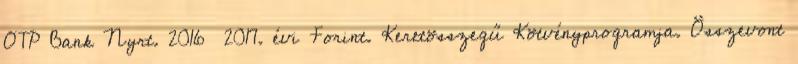
OTP Bank Nyrt. 2016 2017. évi Forint. Keretösszegű Kötvényprogramja. Összevont